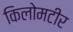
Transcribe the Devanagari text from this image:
किलोमटीर